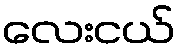
လေးငယ်